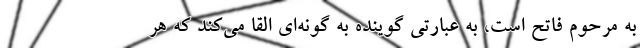
به مرحوم فاتح است، به عبارتی گوینده به گونه‌ای القا می‌کند که هر